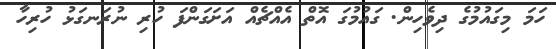
ހަމަ މިގައުމުގެ ދިވެހިން. ގައުމުގަ އޮތް އެއްޗެއް އަށަގަންފަ ހުރި ނުރަނގަޅު ހުރިހާ